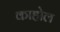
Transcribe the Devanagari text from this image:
काहोल